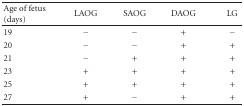
<table><thead><tr><td><b>Age of fetus (days)</b></td><td><b>LAOG</b></td><td><b>SAOG</b></td><td><b>DAOG</b></td><td><b>LG</b></td></tr></thead><tbody><tr><td>19</td><td>−</td><td>−</td><td>+</td><td>−</td></tr><tr><td>20</td><td>−</td><td>−</td><td>+</td><td>+</td></tr><tr><td>21</td><td>−</td><td>+</td><td>+</td><td>+</td></tr><tr><td>23</td><td>+</td><td>+</td><td>+</td><td>+</td></tr><tr><td>25</td><td>+</td><td>+</td><td>+</td><td>+</td></tr><tr><td>27</td><td>+</td><td>−</td><td>+</td><td>+</td></tr></tbody></table>